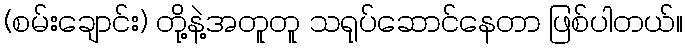
(စမ်းချောင်း) တို့နဲ့အတူတူ သရုပ်ဆောင်နေတာ ဖြစ်ပါတယ်။